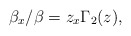
\begin{align*}\beta_{x}/\beta=z_{x}\Gamma_{2}(z), \end{align*}